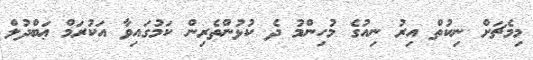
މިމެޗަށް ނިކުތް އިރު ނިއުގެ މުހިންމު ދެ ކުޅުންތެރިން ކަމުގައިވާ އަކުރަމް ޢަބްދުލް